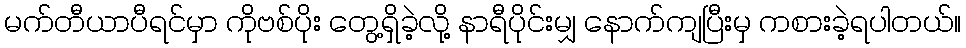
မက်တီယာပီရင်မှာ ကိုဗစ်ပိုး တွေ့ရှိခဲ့လို့ နာရီပိုင်းမျှ နောက်ကျပြီးမှ ကစားခဲ့ရပါတယ်။